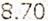
8.70